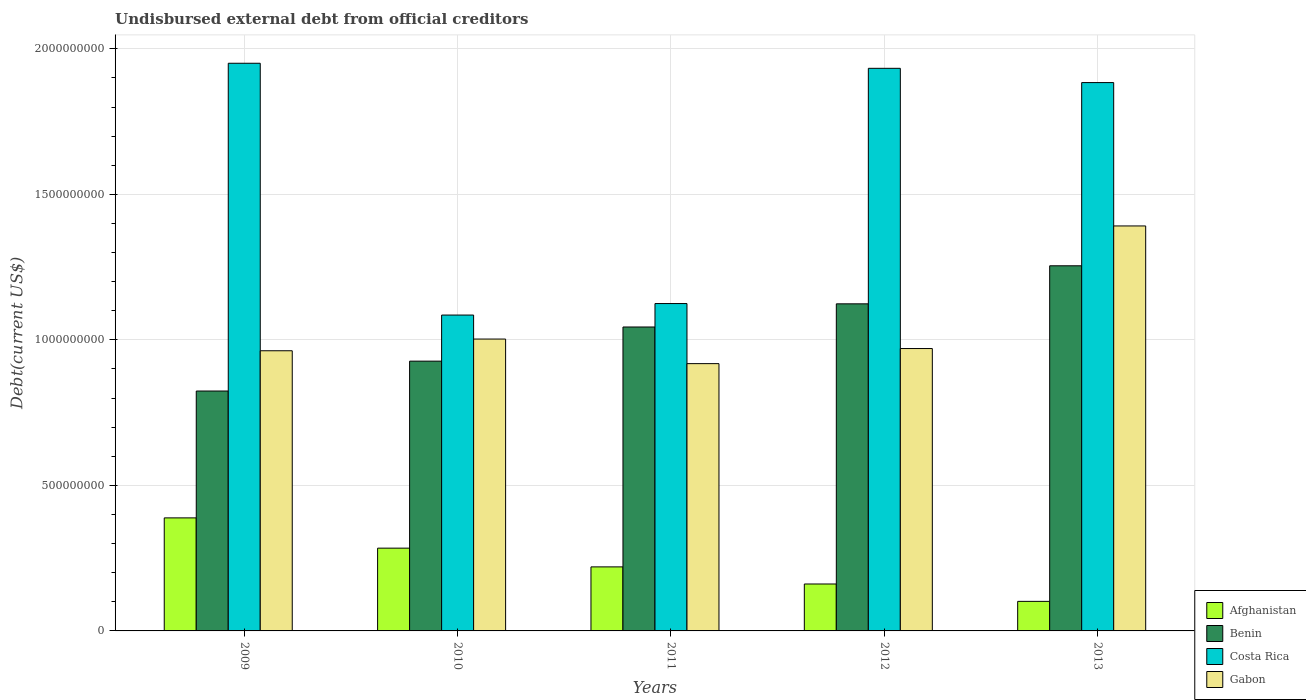
| Years | Afghanistan | Benin | Costa Rica | Gabon |
 | --- | --- | --- | --- | --- |
 | 2009 | 3.88e+08 | 8.24e+08 | 1.95e+09 | 9.63e+08 |
 | 2010 | 2.84e+08 | 9.27e+08 | 1.09e+09 | 1e+09 |
 | 2011 | 2.2e+08 | 1.04e+09 | 1.12e+09 | 9.18e+08 |
 | 2012 | 1.61e+08 | 1.12e+09 | 1.93e+09 | 9.7e+08 |
 | 2013 | 1.02e+08 | 1.25e+09 | 1.88e+09 | 1.39e+09 |